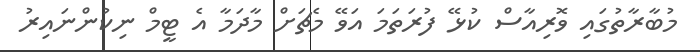
މުބާރާތުގައި ވޮރިއާސް ކުޅޭ ފުރަތަމަ އަވޭ މެޗަށް މާދަމާ އެ ޓީމް ނިކުންނައިރު